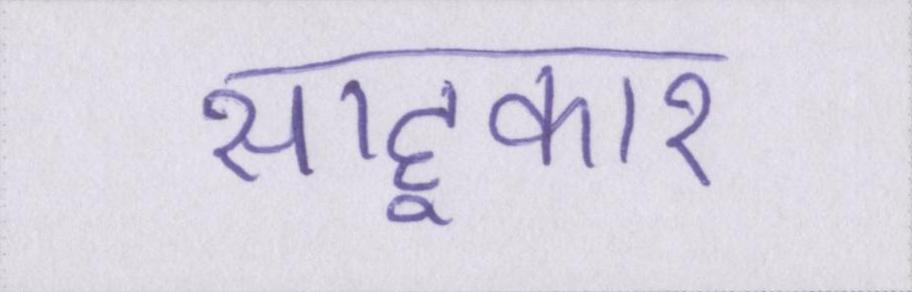
साहूकार